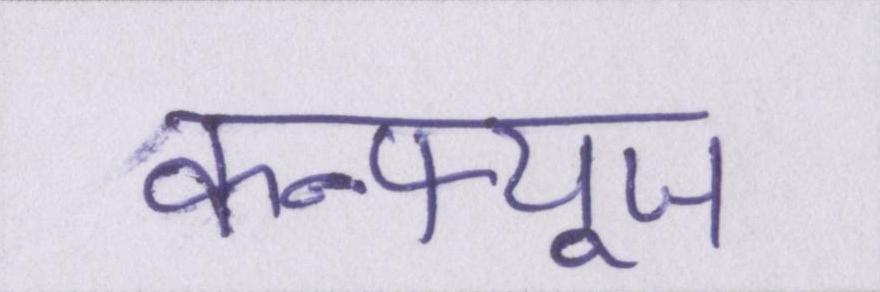
कन्फ्यूज